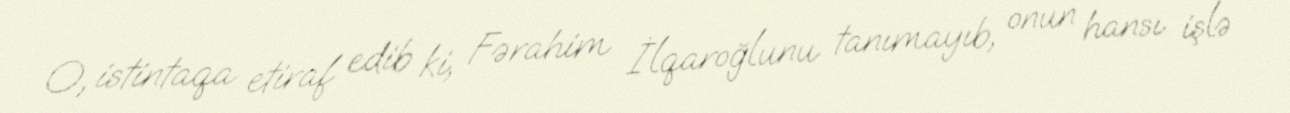
O, istintaqa etiraf edib ki, Fərahim İlqaroğlunu tanımayıb, onun hansı işlə